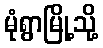
မုံရွာမြို့သို့